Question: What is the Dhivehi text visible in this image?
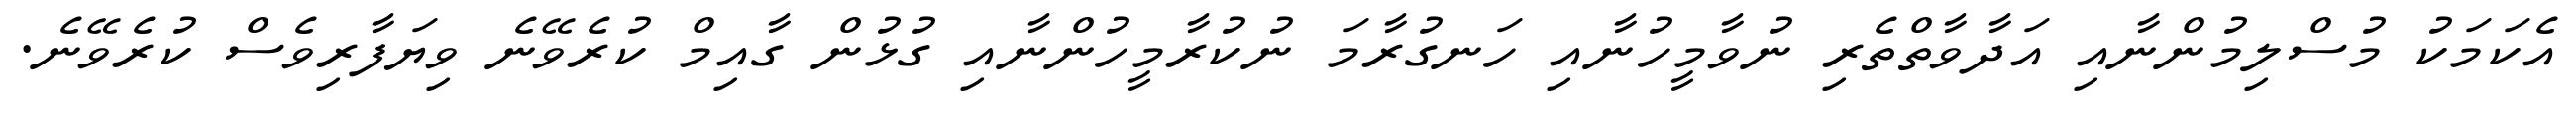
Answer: އެކަމަކު މުސްލިމުންނާއި އަދާވާތްތެރި ނުވާމީހުނާއި ހަނގުރާމަ ނުކުރާމީހުންނާއި ގުޅުން ގާއިމް ކުރެވޭނެ ވިޔަފާރިވެސް ކުރެވޭނެ.